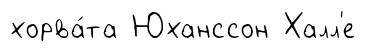
хорва́та Юханссон Халл'е